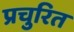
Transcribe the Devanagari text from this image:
प्रचुरित